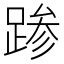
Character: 𰸙